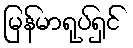
မြန်မာရုပ်ရှင်